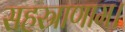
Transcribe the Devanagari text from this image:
सहस्राणाम।